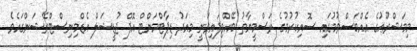
މިމަޝްރޫޢުގެ އެއްބަސްވުމުގައި ސޮއިކުރުމުގެ ރަސްމީޔާތު ބޭއްވިފައިވަނީ މިއަދު ޑިޕާޓްމަންޓް އޮފް ޖުޑީޝަލް އެޑްމިނިސްޓްރޭޝަންގައެވެ.